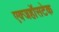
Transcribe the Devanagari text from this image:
एक्जहॉसटेक